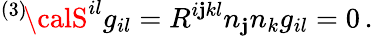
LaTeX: ^{(3)}\! {\calS}^{il}g_{il}=R^{i\mathbf{j}kl}n_{\mathbf{j}}n_{k}g_{il}=0\, .